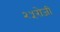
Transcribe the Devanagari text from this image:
२५रोजी